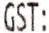
GST: